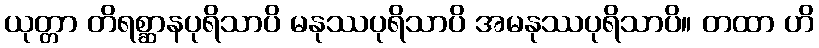
ယုတ္တာ တိရစ္ဆာနပုရိသာပိ မနုဿပုရိသာပိ အမနုဿပုရိသာပိ။ တထာ ဟိ